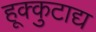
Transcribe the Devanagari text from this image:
हूक्कुटाद्य